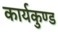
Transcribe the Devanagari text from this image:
कार्यकुण्ड